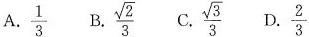
A. \frac{1}{3} B.\frac{ \sqrt{2}}{3} C. \frac{ \sqrt{3}}{3} D. \frac{2}{3}